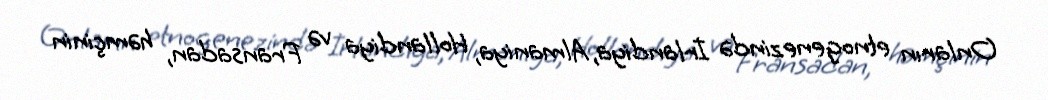
Onların etnogenezində İrlandiya, Almaniya, Hollandiya və Fransadan, həmçinin